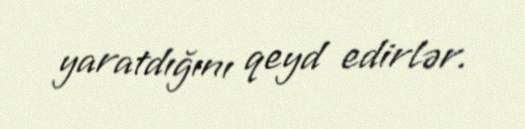
yaratdığını qeyd edirlər.